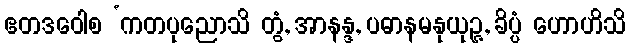
ဧတဒဝေါစ ‘ကတပုညောသိ တွံ, အာနန္ဒ, ပဓာနမနုယုဉ္ဇ, ခိပ္ပံ ဟောဟိသိ